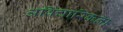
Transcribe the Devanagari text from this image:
अविचारिकता